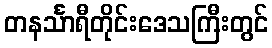
တနင်္သာရီတိုင်းဒေသကြီးတွင်